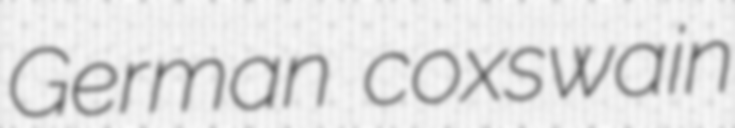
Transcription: German coxswain